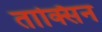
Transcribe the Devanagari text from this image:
ताक्सिन